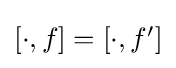
{\textstyle [\cdot ,f]=[\cdot ,f']}